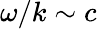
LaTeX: \omega/k\sim c